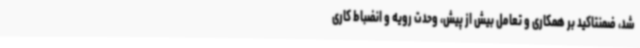
شد، ضمنتاکید بر همکاری و تعامل بیش از پیش، وحدت رویه و انضباط کاری